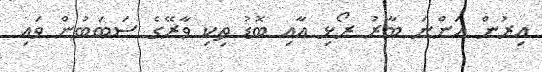
އިރުން އަންނަ ބާރު ރޯޅި އާއި ބޮޑު ތިކި ވާރޭގެ ސަބަބުން ވައި